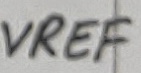
Text: VREF